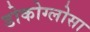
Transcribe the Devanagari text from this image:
डोकोग्लोसा